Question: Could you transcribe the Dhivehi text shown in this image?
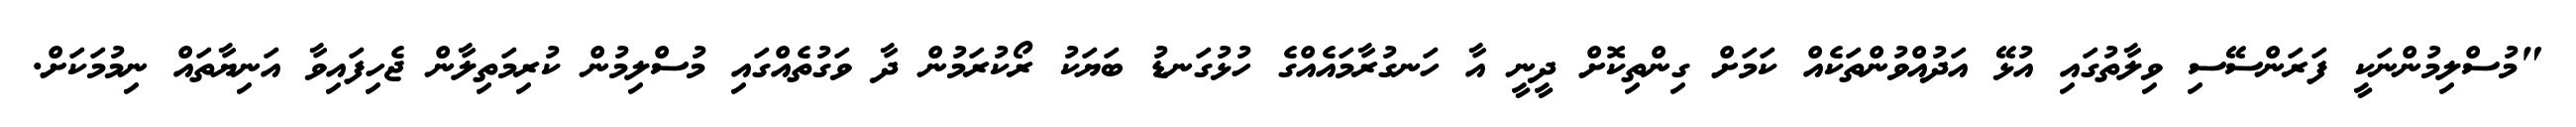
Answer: "މުސްލިމުންނަކީ ފަރަންސޭސި ވިލާތުގައި އުޅޭ އަދުއްވުންތަކެއް ކަމަށް ގިންތިކޮށް ދީނީ އާ ހަނގުރާމައެއްގެ ހުޅުގަނޑު ބަޔަކު ރޯކުރަމުން ދާ ވަގުތެއްގައި މުސްލިމުން ކުރިމަތިލާން ޖެހިފައިވާ އަނިޔާތައް ނިމުމަކަށް.